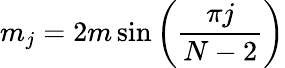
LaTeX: m_{j}=2m\, {\sin\left(\frac{\pi j}{N-2}\right)}